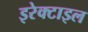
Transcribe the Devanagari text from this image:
इरेक्टाइल